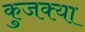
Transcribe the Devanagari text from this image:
कुजक्या